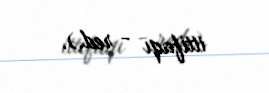
ittifaqı - red.).